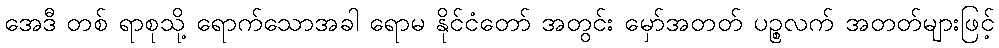
အေဒီ တစ် ရာစုသို့ ရောက်သောအခါ ရောမ နိုင်ငံတော် အတွင်း မှော်အတတ် ပဉ္စလက် အတတ်များဖြင့်